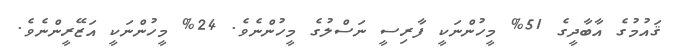
ޤައުމުގެ އާބާދީގެ 51% މީހުންނަކީ ފާރިސީ ނަސްލުގެ މީހުންނެވެ. 24% މީހުންނަކީ އަޒޭރީންނެވެ.